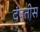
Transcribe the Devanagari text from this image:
दंपतीस